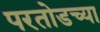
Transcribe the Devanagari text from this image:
परतोडच्या